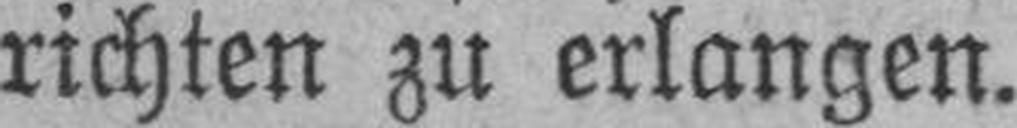
richten zu erlangen.